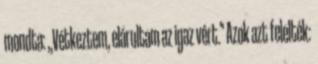
mondta: ,,Vétkeztem, elárultam az igaz vért.'' Azok azt felelték: